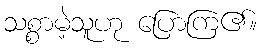
သစ္စာမဲ့သူဟု ပြောကြ၏။